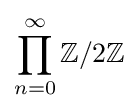
\prod _{n=0}^{\infty }\mathbb {Z} /2\mathbb {Z}